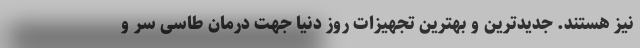
نیز هستند. جدیدترین و بهترین تجهیزات روز دنیا جهت درمان طاسی سر و